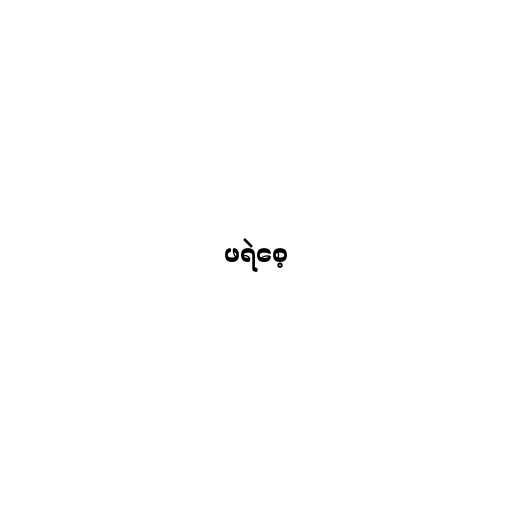
ဖရဲစေ့